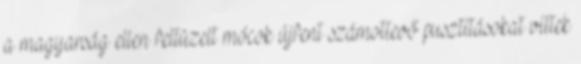
a magyarság ellen feltüzelt mócok újfent számottevő pusztításokat vittek